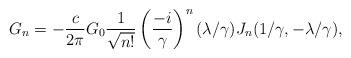
LaTeX: \begin{align*}G_n = -\frac{c}{2\pi} G_0 \frac{1}{\sqrt{n!}} \left(\frac{-i}{\gamma}\right)^{n}(\lambda/\gamma) J_n(1/\gamma,-\lambda/\gamma), \end{align*}